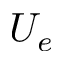
U _ { e }